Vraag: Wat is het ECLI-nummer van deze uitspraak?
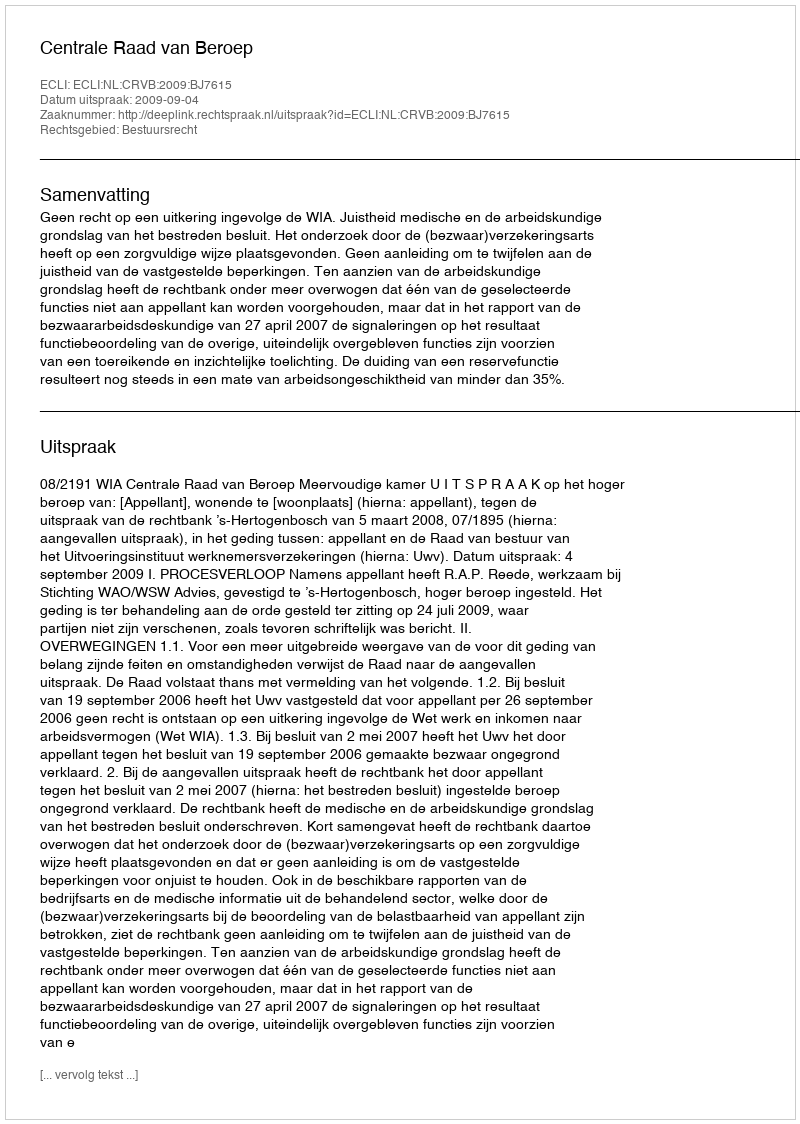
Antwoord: ECLI:NL:CRVB:2009:BJ7615